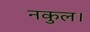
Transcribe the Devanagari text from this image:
नकुल।